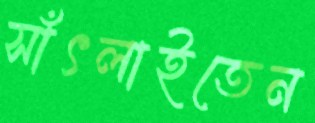
সাঁৎলাইতেন